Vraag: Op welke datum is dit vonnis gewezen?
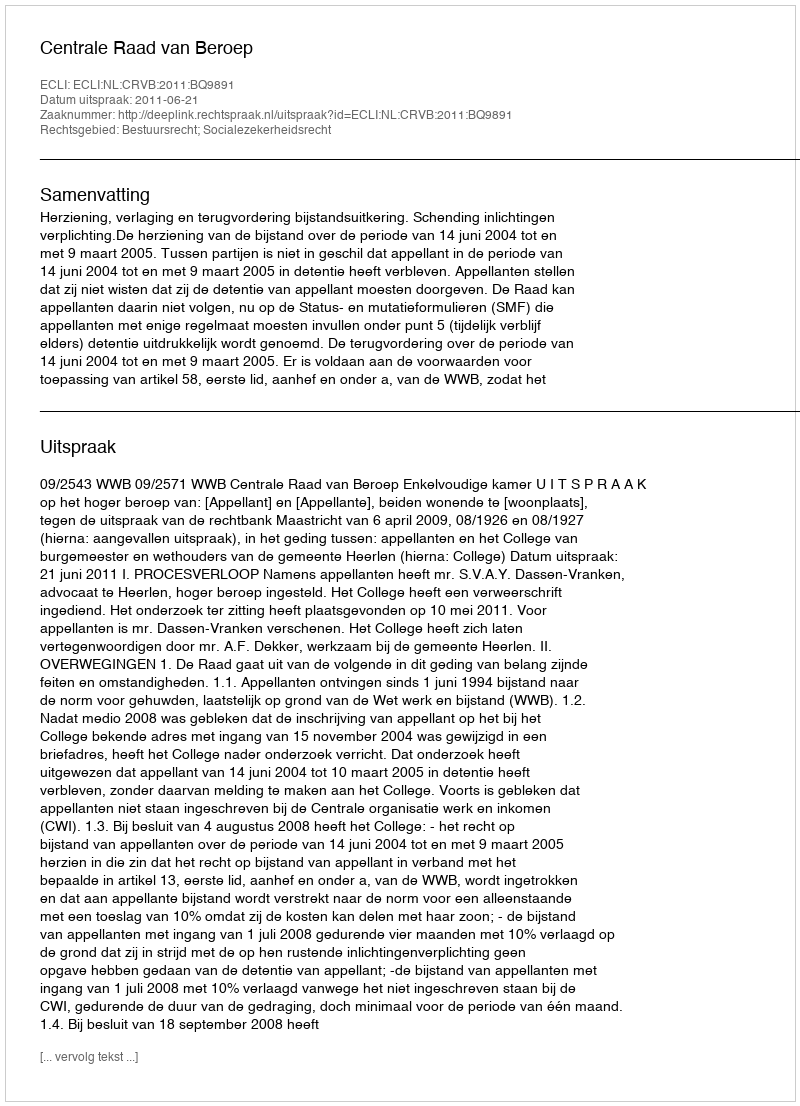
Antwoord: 2011-06-21